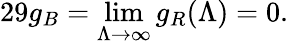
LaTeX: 29g_{B}=\operatorname*{lim}_{\Lambda\rightarrow\infty}g_{R}(\Lambda)=0.